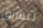
للشرق